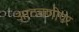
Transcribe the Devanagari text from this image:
आठवणीपर